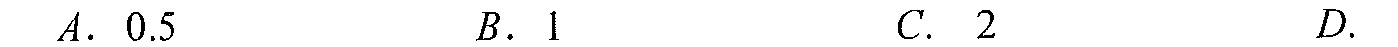
\(A.\ 0.5\) \(\qquad B.\ 1\) \(\qquad C.\ 2\) \(\qquad D.\)